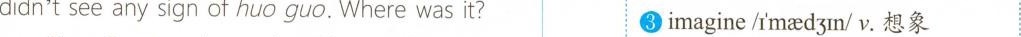
didn'tsee any sign of huo guo. Where was it? imagine/imadin/v.想象